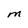
Character: M